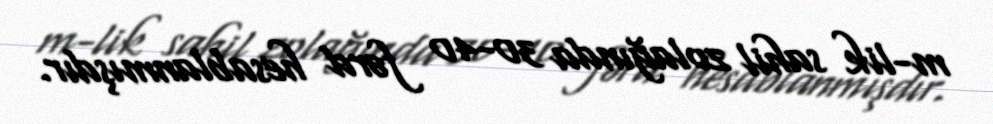
m-lik sahil zolağında 30-40 fərd hesablanmışdır.